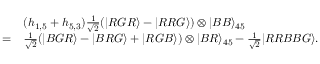
\begin{array} { r l } & { ( h _ { 1 , 5 } + h _ { 5 , 3 } ) \frac { 1 } { \sqrt { 2 } } ( | R G R \rangle - | R R G \rangle ) \otimes | B B \rangle _ { 4 5 } } \\ { = } & { \frac { 1 } { \sqrt { 2 } } ( | B G R \rangle - | B R G \rangle + | R G B \rangle ) \otimes | B R \rangle _ { 4 5 } - \frac { 1 } { \sqrt { 2 } } | R R B B G \rangle . } \end{array}